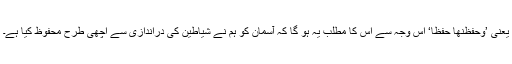
یعنی ’وَحَفِظْنٰھَا حِفْظًا‘ اس وجہ سے اس کا مطلب یہ ہو گا کہ آسمان کو ہم نے شیاطین کی دراندازی سے اچھی طرح محفوظ کیا ہے۔